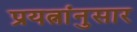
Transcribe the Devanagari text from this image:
प्रयत्नांनुसार